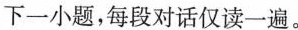
下一小题，每段对话仅读一遍。